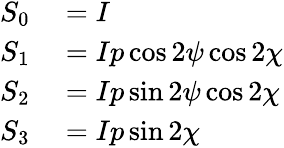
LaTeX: \begin{array}{rl}{S_{0}}&{{}=I}\\ {S_{1}}&{{}=Ip\cos 2\psi\cos 2\chi}\\ {S_{2}}&{{}=Ip\sin 2\psi\cos 2\chi}\\ {S_{3}}&{{}=Ip\sin 2\chi}\end{array}